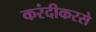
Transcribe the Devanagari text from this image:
करंदीकरसे